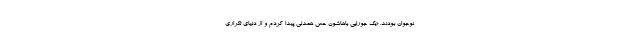
نوجوان بودند. «یک جورایی باهاشون حس همدلی پیدا کردم و از دنیای تکراری